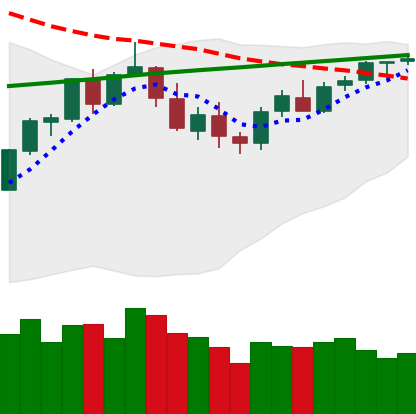
Ticker: BTC-USD
Chart end date: 2018-03-05
Forward return: -23.393%
Label: down_7plus